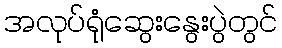
အလုပ်ရုံဆွေးနွေးပွဲတွင်